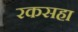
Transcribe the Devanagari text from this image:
रकसहा